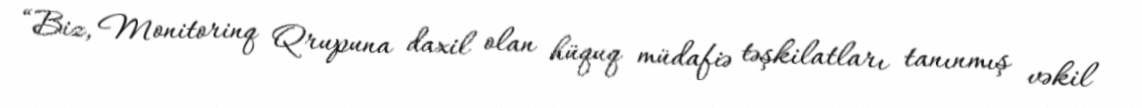
“Biz, Monitorinq Qrupuna daxil olan hüquq müdafiə təşkilatları tanınmış vəkil